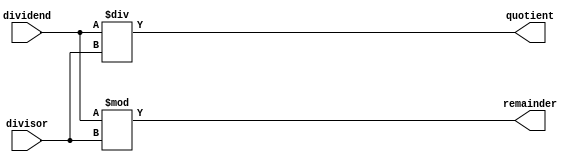
module asynchronous_divider (
    input [31:0] dividend,
    input [31:0] divisor,
    output [31:0] quotient,
    output [31:0] remainder
);
  
  assign quotient = dividend / divisor;
  assign remainder = dividend % divisor;
  
endmodule